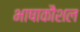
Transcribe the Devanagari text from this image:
भाषाकौशल